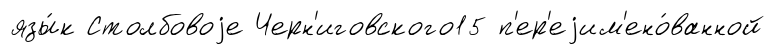
язы́к Столбовоjе Черн'иговского15 п'ер'еjим'ено́ванной